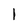
Character: I